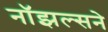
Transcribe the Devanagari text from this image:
नॉझल्सने